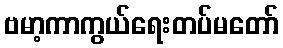
ဗမာ့ကာကွယ်ရေးတပ်မတော်